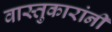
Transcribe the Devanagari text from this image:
वास्तुकारांनी